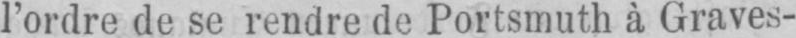
l’ordre de se rendre de Portsmuth à Graves-